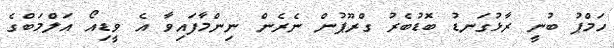
ހަމްޕު ބުނީ ރާޅުގަނޑު ބޮޑުބެރު ގްރޫޕުން ނެރެން ނިންމާފައިވާ އެ ވީޑިއޯ އަލްމަބްގެ